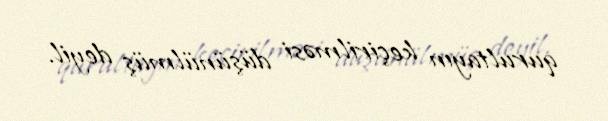
qurultayın keçirilməsi düşünülmüş deyil.